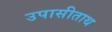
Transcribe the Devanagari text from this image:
उपासीताथ